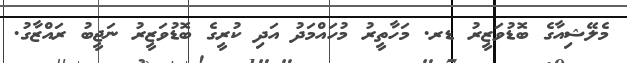
މެލޭޝިއާގެ ބޮޑުވަޒީރު ޑރ. މަހާތީރު މުހައްމަދު އަދި ކުރީގެ ބޮޑުވަޒީރު ނަޖީބު ރައްޒާގު.